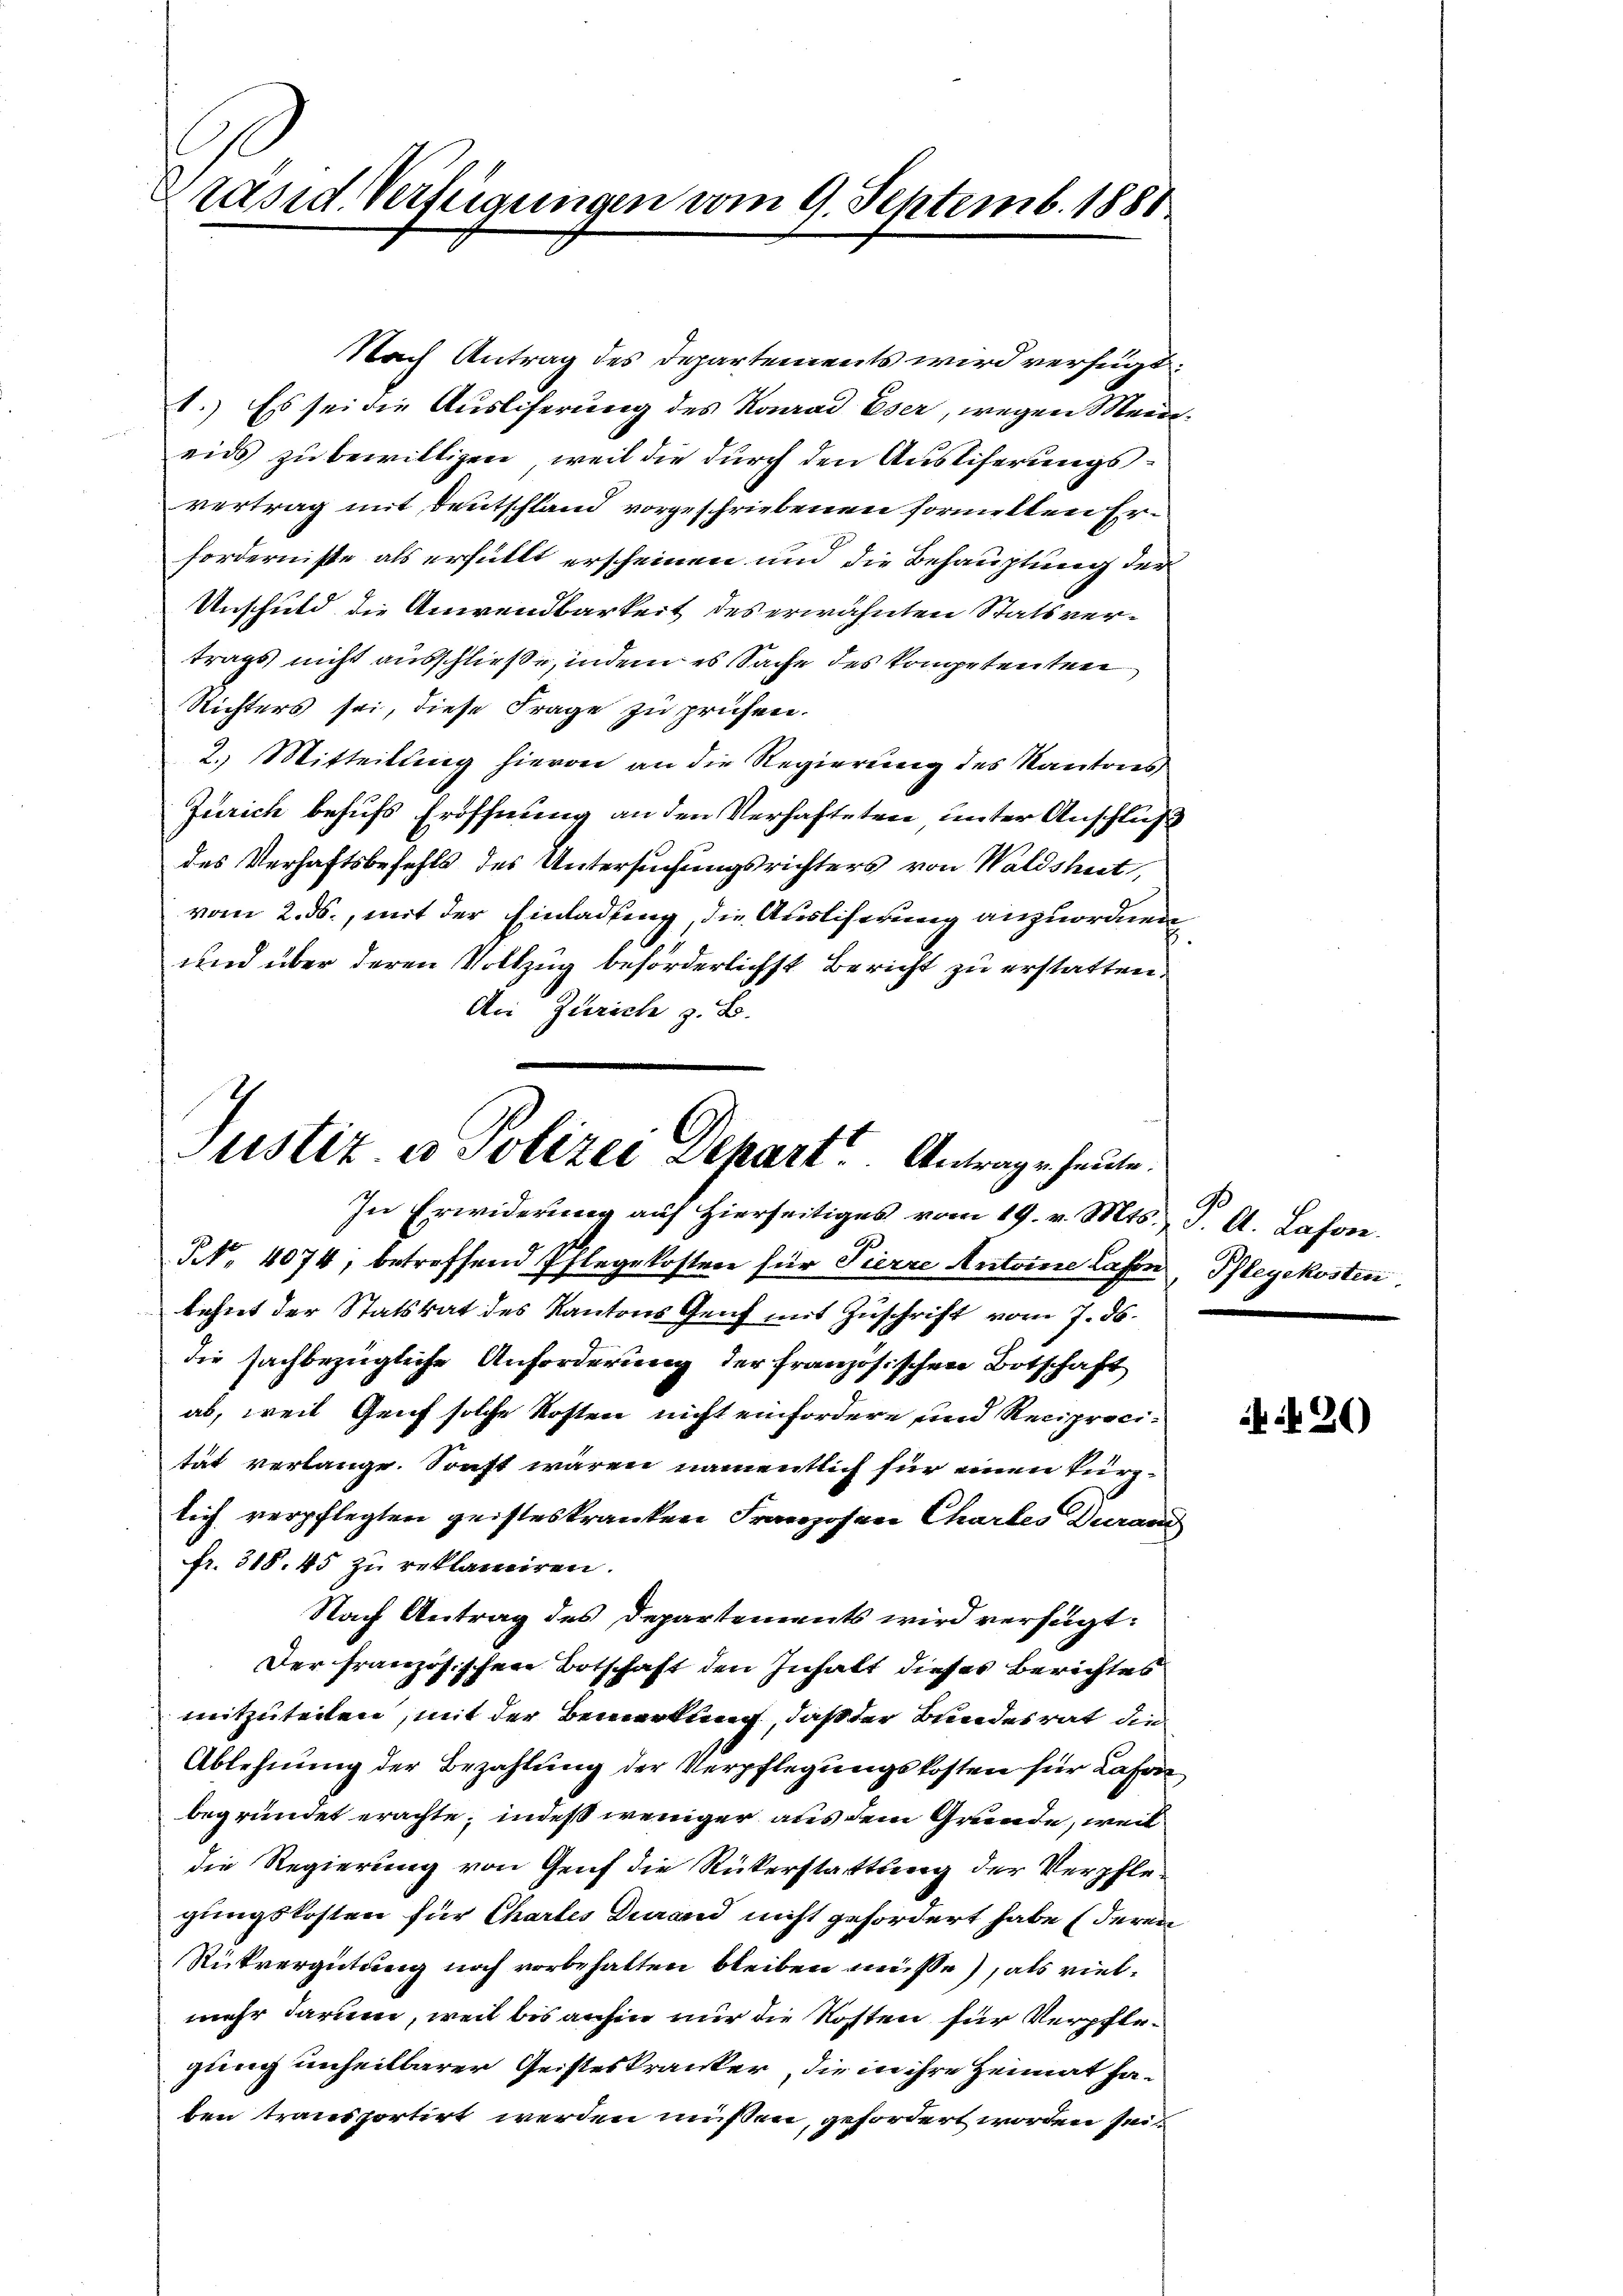
Präsid. Verfügungen vom 9. Septemb. 1881

Nach Antrag des Departements wird verfügt:
1.) Es sei die Ausliferung des Konrad Eser, wegen Meineids zu bewilligen, weil die durch den Ausliferungsvertrag mit Deutschland vorgeschriebenen formellen Erfordernisse als erfüllt erscheinen und die Behauptung der
Unschuld die Anwendbarkeit des erwähnten Statsvertrags nicht ausschließe, indem es Sache des kompetenten
Richters sei, diese Frage zu prüfen.
2.) Mitteilung hievon an die Regierung des Kantones
Zürich behufs Eröffnung an den Verhafteten unter Anschluß
des Verhaftsbefehls des Untersuchungsrichters von Waldshut,
vom 2. ds., mit der Einladung, die Ausliferung anzuordnen,
und über deren Vollzug beförderlichst Bericht zu erstatten.
An Zürich z. B.

Justiz- u Polizei Dehart Antrage heute.
In Erwiderung auf hierseitiges vom 19. v. Mts. J. A. Lasse.

NNo. 4074, betreffend Pflegekosten für Pierre Antoine Lassen, Pflegekosten,
lehnt der Statsrat des Kantons Genf mit Zuschrift vom 7. ds.
die sachbezügliche Anforderung der französischen Botschaft
ab, weil Genf solche Kosten nicht einfordere und Reciprocität verlange. Sonst wären namentlich für einen kürzlich verpflegten geisteskranken Franzosen Chartes Duran
fr. 318. 45 zu reklamiren.
Nach Antrag des Departements wird verfügt:
Der französischen Botschaft den Inhalt dieser Berichtes
mitzuteilen, mit der Bemerkung, daß der Bundesrat die¬
Ablehnung der Bezahlung der Verpflegungskosten für Lason
begründet erachte; indeß weniger aus dem Grunde, weil
die Regierung von Genf die Rükerstattung der Verpflegungskosten für Chartes Drand nicht gefordert habe (deren
Rückvergütung noch vorbehalten bleiben müsse), als vielmehr darum, weil bis anhin nur die Kosten für Verpflegung unheilbarer Geisteskranker, die in ihre Heimat haben transportirt werden müßen, gefordert worden sei

420)